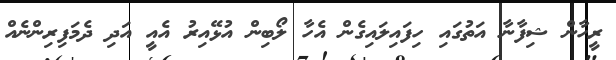
ރީހާން ޝިފާނާ އަތުގައި ހިފައިލައިގެން އެހާ ލޯބިން އުޅޭއިރު އެއީ އަދި ދެމަފިރިންނެއް